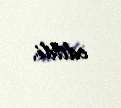
edildi.